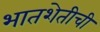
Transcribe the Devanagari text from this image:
भातशेतीची